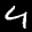
Label: 4